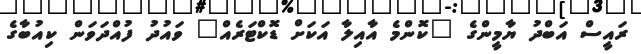
ރައީސް އަބްދު ޔާމީންގެ "ކޮންމެ އާއިލާ އަކަށް ޑޮކްޓަރެއް" ވައުދު ފުއްދަވަން ކިއުބާގެ